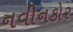
નવીનકોર